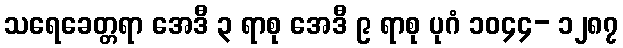
သရေခေတ္တရာ အေဒီ ၃ ရာစု အေဒီ ၉ ရာစု ပုဂံ ၁၀၄၄- ၁၂၈၇